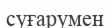
суғарумен